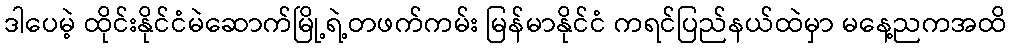
ဒါပေမဲ့ ထိုင်းနိုင်ငံမဲဆောက်မြို့ရဲ့တဖက်ကမ်း မြန်မာနိုင်ငံ ကရင်ပြည်နယ်ထဲမှာ မနေ့ညကအထိ